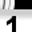
Digit: 1